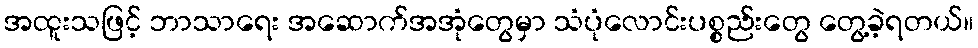
အထူးသဖြင့် ဘာသာရေး အဆောက်အအုံတွေမှာ သံပုံလောင်းပစ္စည်းတွေ တွေ့ခဲ့ရတယ်။